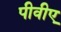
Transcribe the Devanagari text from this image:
पीवीए